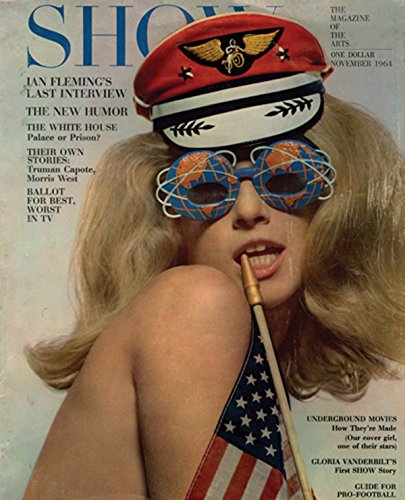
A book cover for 13 Most Wanted Men: Andy Warhol and the 1964 World's Fair: Conversations; Hilary Ballon; Arts & Photography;